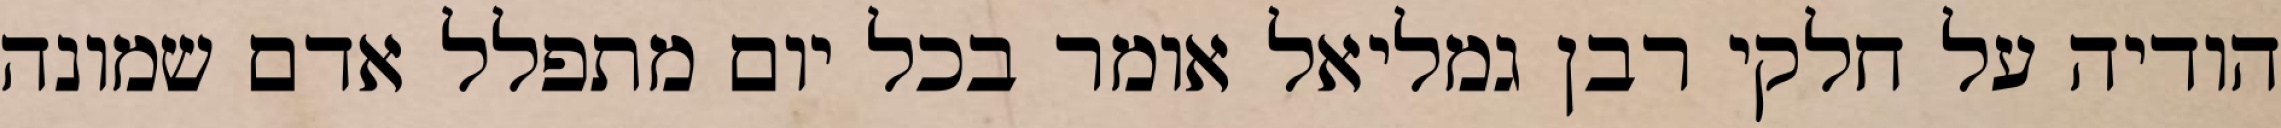
הודיה על חלקי רבן גמליאל אומר בכל יום מתפלל אדם שמונה